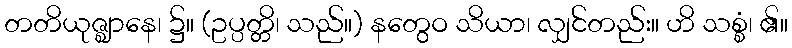
တတိယုဇ္ဈာနေ၊ ၌။ (ဥပ္ပတ္တိ၊ သည်။) နတွေဝ သိယာ၊ လျှင်တည်း။ ဟိ သစ္စံ၊ ၏။